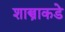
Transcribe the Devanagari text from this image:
शास्त्राकडे